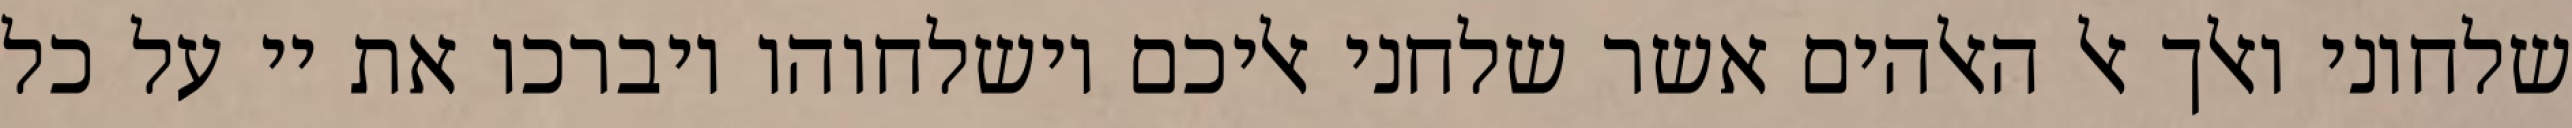
שלחוני ואלך אל האלהים אשר שלחני אליכם וישלחוהו ויברכו את יי על כל